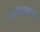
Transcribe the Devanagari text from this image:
उपभोक्त्यापर्यंत